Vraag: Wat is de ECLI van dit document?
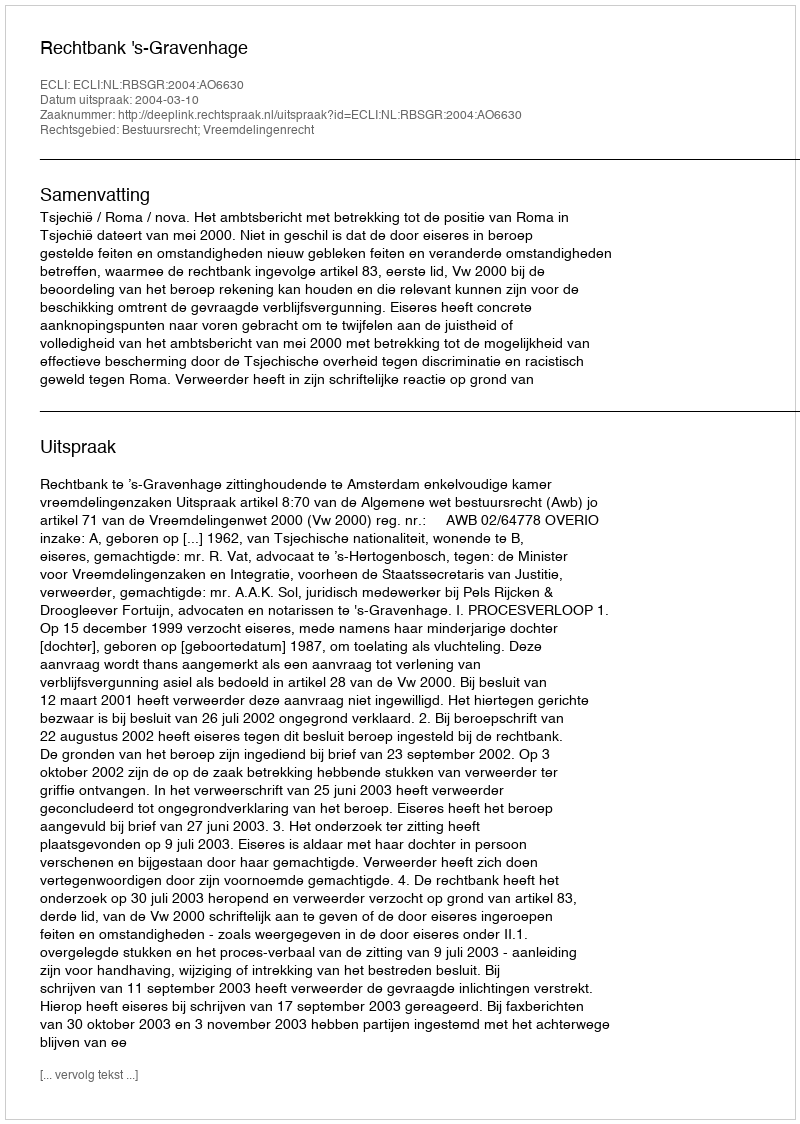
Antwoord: ECLI:NL:RBSGR:2004:AO6630